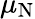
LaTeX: \mu_{\mathrm{N}}